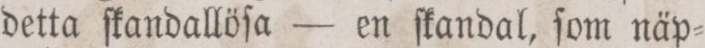
detta ſkandallöſa — en ſkandal, ſom näp=